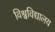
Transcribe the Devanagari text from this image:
विश्वविद्यालय